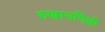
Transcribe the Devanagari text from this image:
हखामनिशी